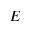
E